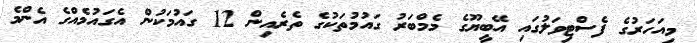
މިއަހަރުގެ ފެސްޓިވަލުގައި އޭބީޔޫގެ މެމްބަރު ގައުމުތަކުގެ ތެރެއިން 12 ގައުމަކުން އެގައުމެއްގެ އެންމެ